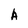
Character: A